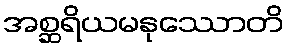
အစ္ဆရိယမနုဿောတိ